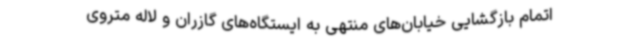
اتمام بازگشایی خیابان‌های منتهی به ایستگاه‌های گازران و لاله متروی